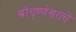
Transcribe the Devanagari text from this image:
श्रीधृष्णेश्वराचे